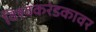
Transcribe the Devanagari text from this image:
विश्वकरंडकावर